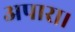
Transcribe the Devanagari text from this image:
अपारा।